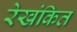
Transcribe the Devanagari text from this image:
रेखंकित